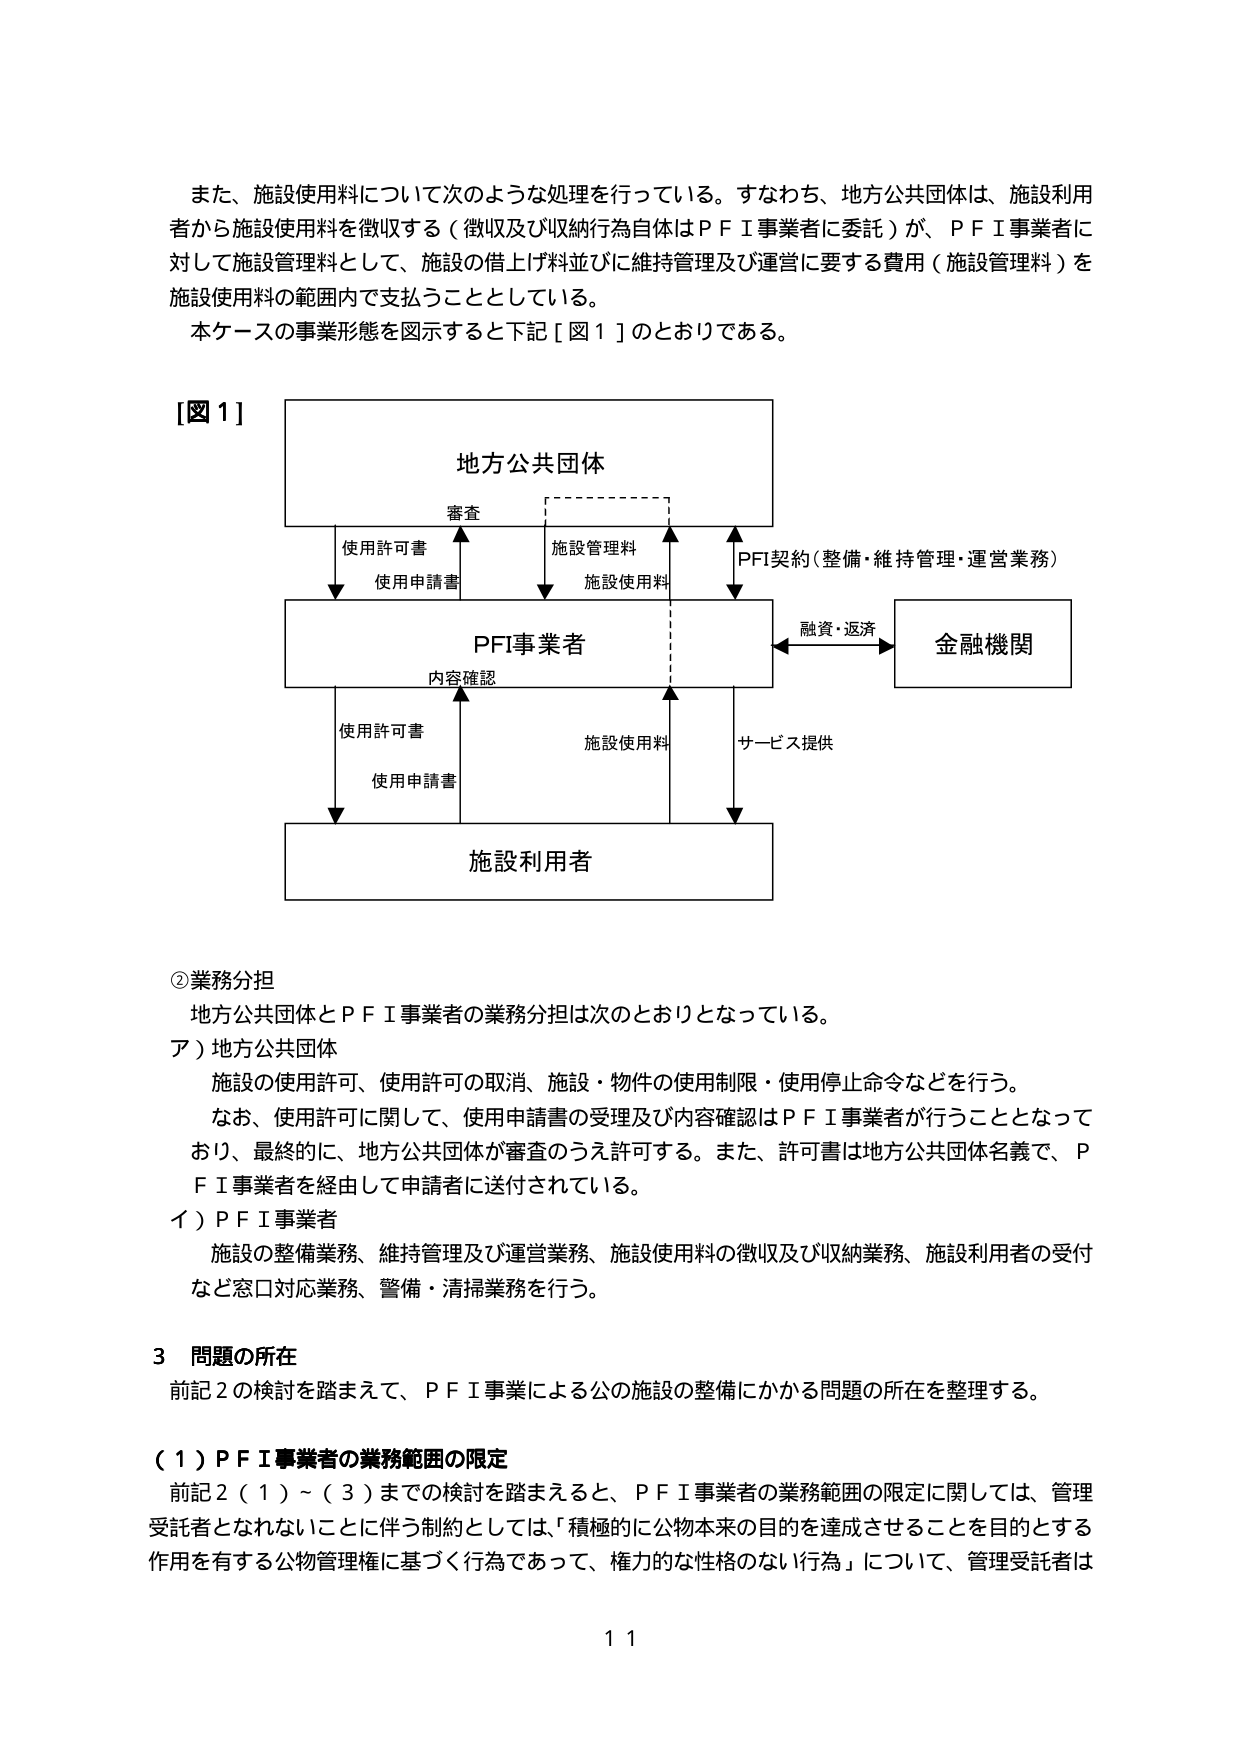
また、施設使用料について次のような処理を行っている。すなわち、地方公共団体は、施設利用者から施設使用料を徴収する（徴収及び収納行為自体はＰＦＩ事業者に委託）が、ＰＦＩ事業者に対して施設管理料として、施設の借上げ料並びに維持管理及び運営に要する費用（施設管理料）を施設使用料の範囲内で支払うこととしている。

本ケースの事業形態を図示すると下記［図１］のとおりである。

［図１］
地方公共団体
　　審査
　　使用許可書
　　使用申請書
　　施設管理料
　　施設使用料
　　ＰＦＩ契約（整備・維持管理・運営業務）
ＰＦＩ事業者
　　内容確認
　　使用許可書
　　使用申請書
　　施設使用料
　　サービス提供
　　融資・返済
金融機関
施設利用者

②業務分担
　地方公共団体とＰＦＩ事業者の業務分担は次のとおりとなっている。
ア）地方公共団体
　　施設の使用許可、使用許可の取消、施設・物件の使用制限・使用停止命令などを行う。
　　なお、使用許可に関して、使用申請書の受理及び内容確認はＰＦＩ事業者が行うこととなっており、最終的に、地方公共団体が審査のうえ許可する。また、許可書は地方公共団体名義で、ＰＦＩ事業者を経由して申請者に送付されている。
イ）ＰＦＩ事業者
　　施設の整備業務、維持管理及び運営業務、施設使用料の徴収及び収納業務、施設利用者の受付など窓口対応業務、警備・清掃業務を行う。

３ 問題の所在
　前記２の検討を踏まえて、ＰＦＩ事業による公の施設の整備にかかる問題の所在を整理する。

（１）ＰＦＩ事業者の業務範囲の限定
　前記２（１）～（３）までの検討を踏まえると、ＰＦＩ事業者の業務範囲の限定に関しては、管理受託者となれないことに伴う制約としては、「積極的に公物本来の目的を達成させることを目的とする作用を有する公物管理権に基づく行為であって、権力的な性格のない行為」について、管理受託者は

１１